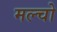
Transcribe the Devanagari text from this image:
मल्चो